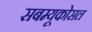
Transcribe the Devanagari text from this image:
सबम्‍यूकोसल